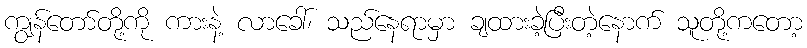
ကျွန်တော်တို့ကို ကားနဲ့ လာခေါ်၊ သည်နေရာမှာ ချထားခဲ့ပြီးတဲ့နောက် သူတို့ကတော့